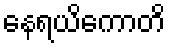
နေရယိကောတိ